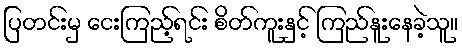
ပြတင်းမှ ငေးကြည့်ရင်း စိတ်ကူးနှင့် ကြည်နူးနေခဲ့သူ။